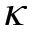
\kappa